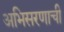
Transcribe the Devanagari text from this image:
अभिसरणाची